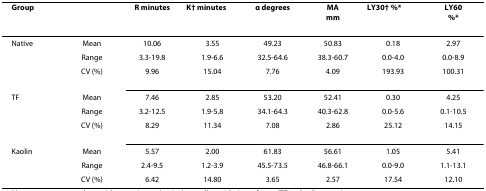
| Group |  | Rminutes | K†minutes | αdegrees | MAmm | LY30†%* | LY60%* |
 | --- | --- | --- | --- | --- | --- | --- | --- |
 | Native | Mean | 10.06 | 3.55 | 49.23 | 50.83 | 0.18 | 2.97 |
 |  | Range | 3.3-19.8 | 1.9-6.6 | 32.5-64.6 | 38.3-60.7 | 0.0-4.0 | 0.0-8.9 |
 |  | CV (%) | 9.96 | 15.04 | 7.76 | 4.09 | 193.93 | 100.31 |
 | TF | Mean | 7.46 | 2.85 | 53.20 | 52.41 | 0.30 | 4.25 |
 |  | Range | 3.2-12.5 | 1.9-5.8 | 34.1-64.3 | 40.3-62.8 | 0.0-5.6 | 0.1-10.5 |
 |  | CV (%) | 8.29 | 11.34 | 7.08 | 2.86 | 25.12 | 14.15 |
 | Kaolin | Mean | 5.57 | 2.00 | 61.83 | 56.61 | 1.05 | 5.41 |
 |  | Range | 2.4-9.5 | 1.2-3.9 | 45.5-73.5 | 46.8-66.1 | 0.0-9.0 | 1.1-13.1 |
 |  | CV (%) | 6.42 | 14.80 | 3.65 | 2.57 | 17.54 | 12.10 |